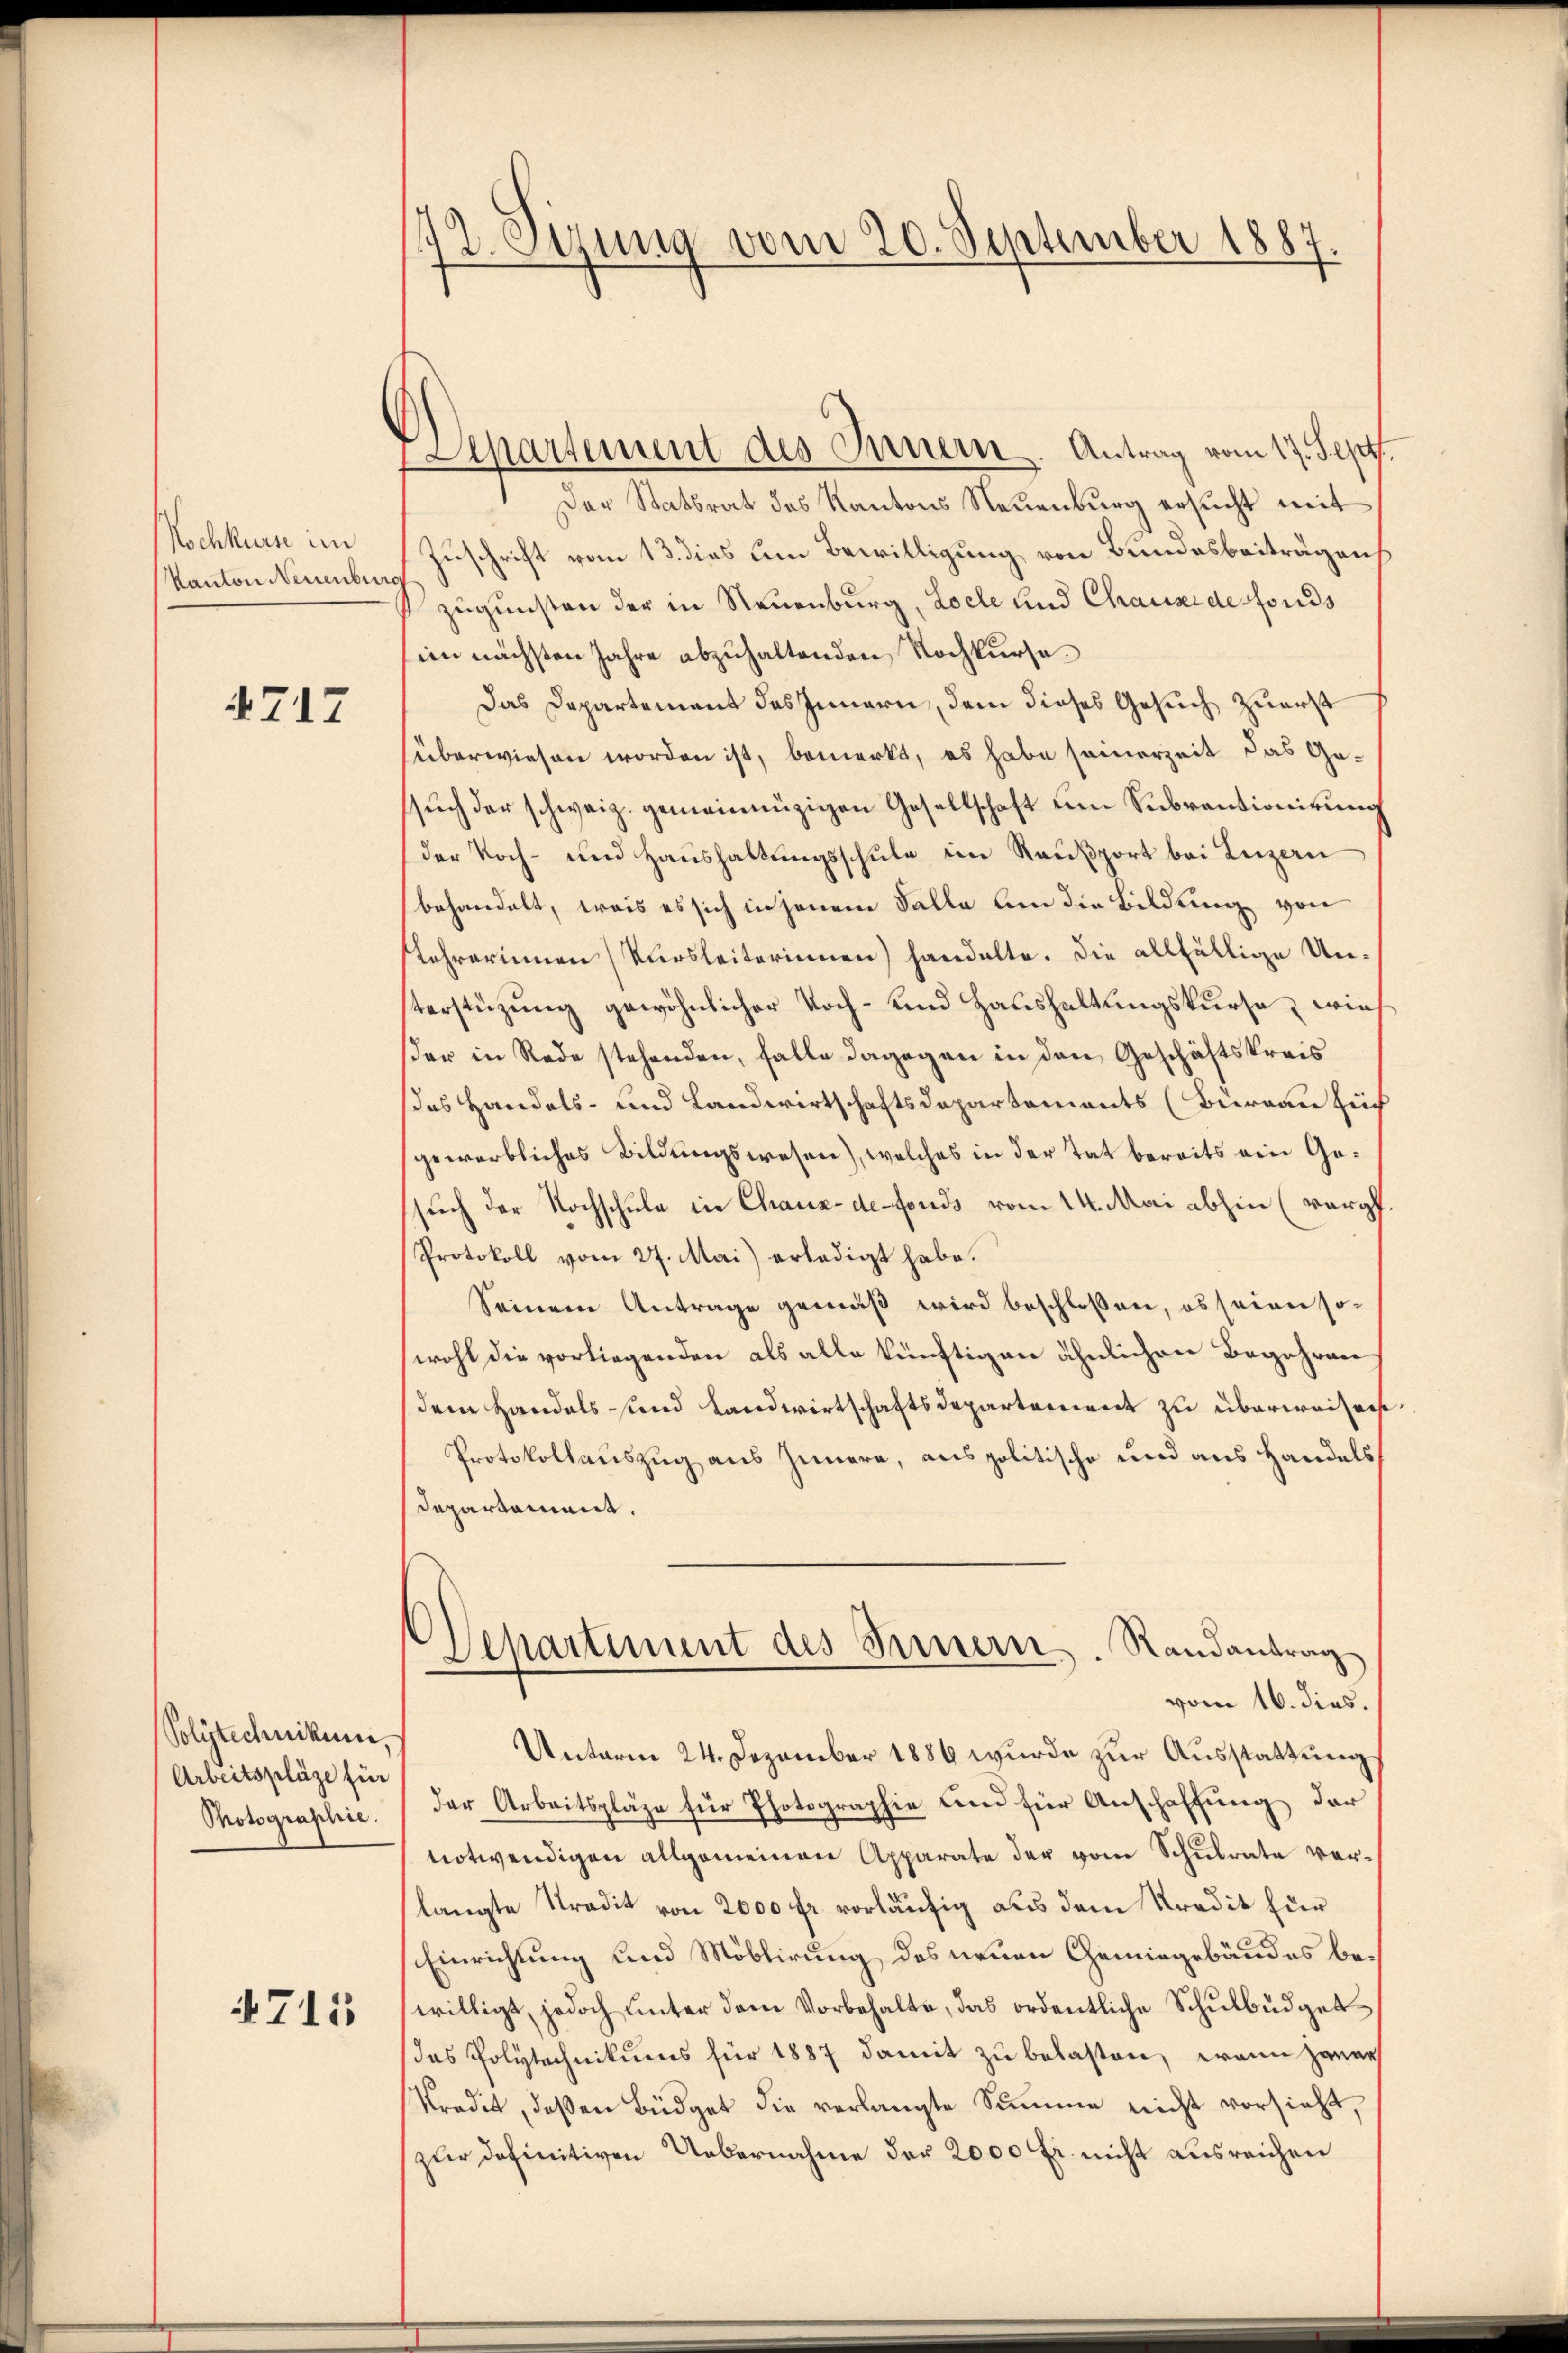
Nochkurs im
Kanton Neuenburg

4717

Polytechnikum.
Arbeitspläze für
Photographie.

4715

72. Stung vom 20. September 1887.

Der Statsrat des Kantons Neuenburg ersucht mit
Zuschrift vom 13. dies um Bewilligung von Bundesbeiträgen,
zugunsten der in Neuenburg, Loche und Chause des fonds
sien nächsten Jahre abzuhaltenden Nachkursa¬
Das Departement des Innern, dem dieses Gesuch zuerst
überwiesen worden ist, bemerkt, es habe seinerzeit das Gesŭch der schweiz. gemeinnüzigen Gesellschaft um Subventionirung
der Koch- und Haushaltungsschule im Raußport bei Luzern
behandelt, weis es sich in jenem Falle um die Bildung von
tehrerinnen Versleiterinnen) handelte. Die allfällige Unsterstüzung gewöhnlicher Voch- und Haushaltungskurse, wießer in Rede stehenden, falle dagegen in den Geschäftskreis
das Handels- und Landwirtschaftsdepartements (Bureau füh
gewerbliches Bildungswesen), welches in der Tat bereits ein Gesuch der Nochschule in Chaux-de-Fonds vom 14. Mai abhin (verpf
Protokoll vom 27. Mai) erledigt habe.
Seinem Antrage gemäß wird beschlossen, es seien sowohl die vorliegenden als alle künftigen ähnlichen Begehren
dem Handels und Landwirtschaftsdepartement zu überweisen
Protokollauszug aus Innere, aus politische und aus Handels
departament.
Departiment des Innern,
Randantrag
vom 16. dies.
Unterm 24. Dezember 1889 wurde zur Ausstattung
der Arbeitspläge für Photographie und für Anschaffŭng der
notwendigen allgemeinen Apparate der vom Schulrate verlangte Tradit von 2000 fr. vorläufig aus dem Kredit für
Einrichtung und Möblirung des neuen Gemingebäudes bewilligt, jedoch unter dem Vorbehalte, das ordentliche Schulbüdget
das Polytechnikums für 1887 damit zu belasten, wenn Hanau
Kredit, deßen Büdget die verlangte Summe nicht vorsieht,
zur definitiven Uebernahme der 2000 fr. nicht ausreichen

Separtement des Innern. Antrag vom 17. Sept.